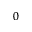
_ { 0 }